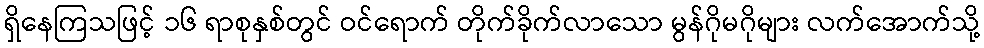
ရှိနေကြသဖြင့် ၁၆ ရာစုနှစ်တွင် ဝင်ရောက် တိုက်ခိုက်လာသော မွန်ဂိုမဂိုများ လက်အောက်သို့